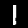
Digit: 1